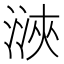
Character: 㴺